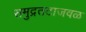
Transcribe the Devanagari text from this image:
समुद्रतटाजवळ